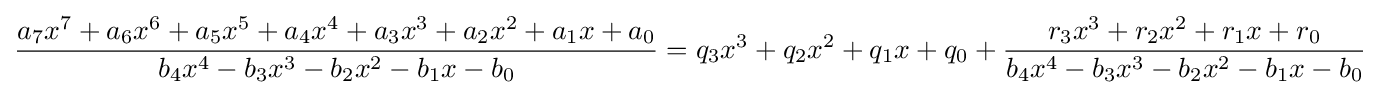
{\dfrac {a_{7}x^{7}+a_{6}x^{6}+a_{5}x^{5}+a_{4}x^{4}+a_{3}x^{3}+a_{2}x^{2}+a_{1}x+a_{0}}{b_{4}x^{4}-b_{3}x^{3}-b_{2}x^{2}-b_{1}x-b_{0}}}=q_{3}x^{3}+q_{2}x^{2}+q_{1}x+q_{0}+{\dfrac {r_{3}x^{3}+r_{2}x^{2}+r_{1}x+r_{0}}{b_{4}x^{4}-b_{3}x^{3}-b_{2}x^{2}-b_{1}x-b_{0}}}